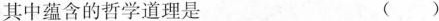
其中蕴含的哲学道理是 ()